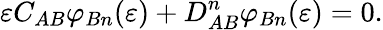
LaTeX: \varepsilon C_{AB}\varphi_{Bn}(\varepsilon)+D_{AB}^{n}\varphi_{Bn}(\varepsilon)=0.